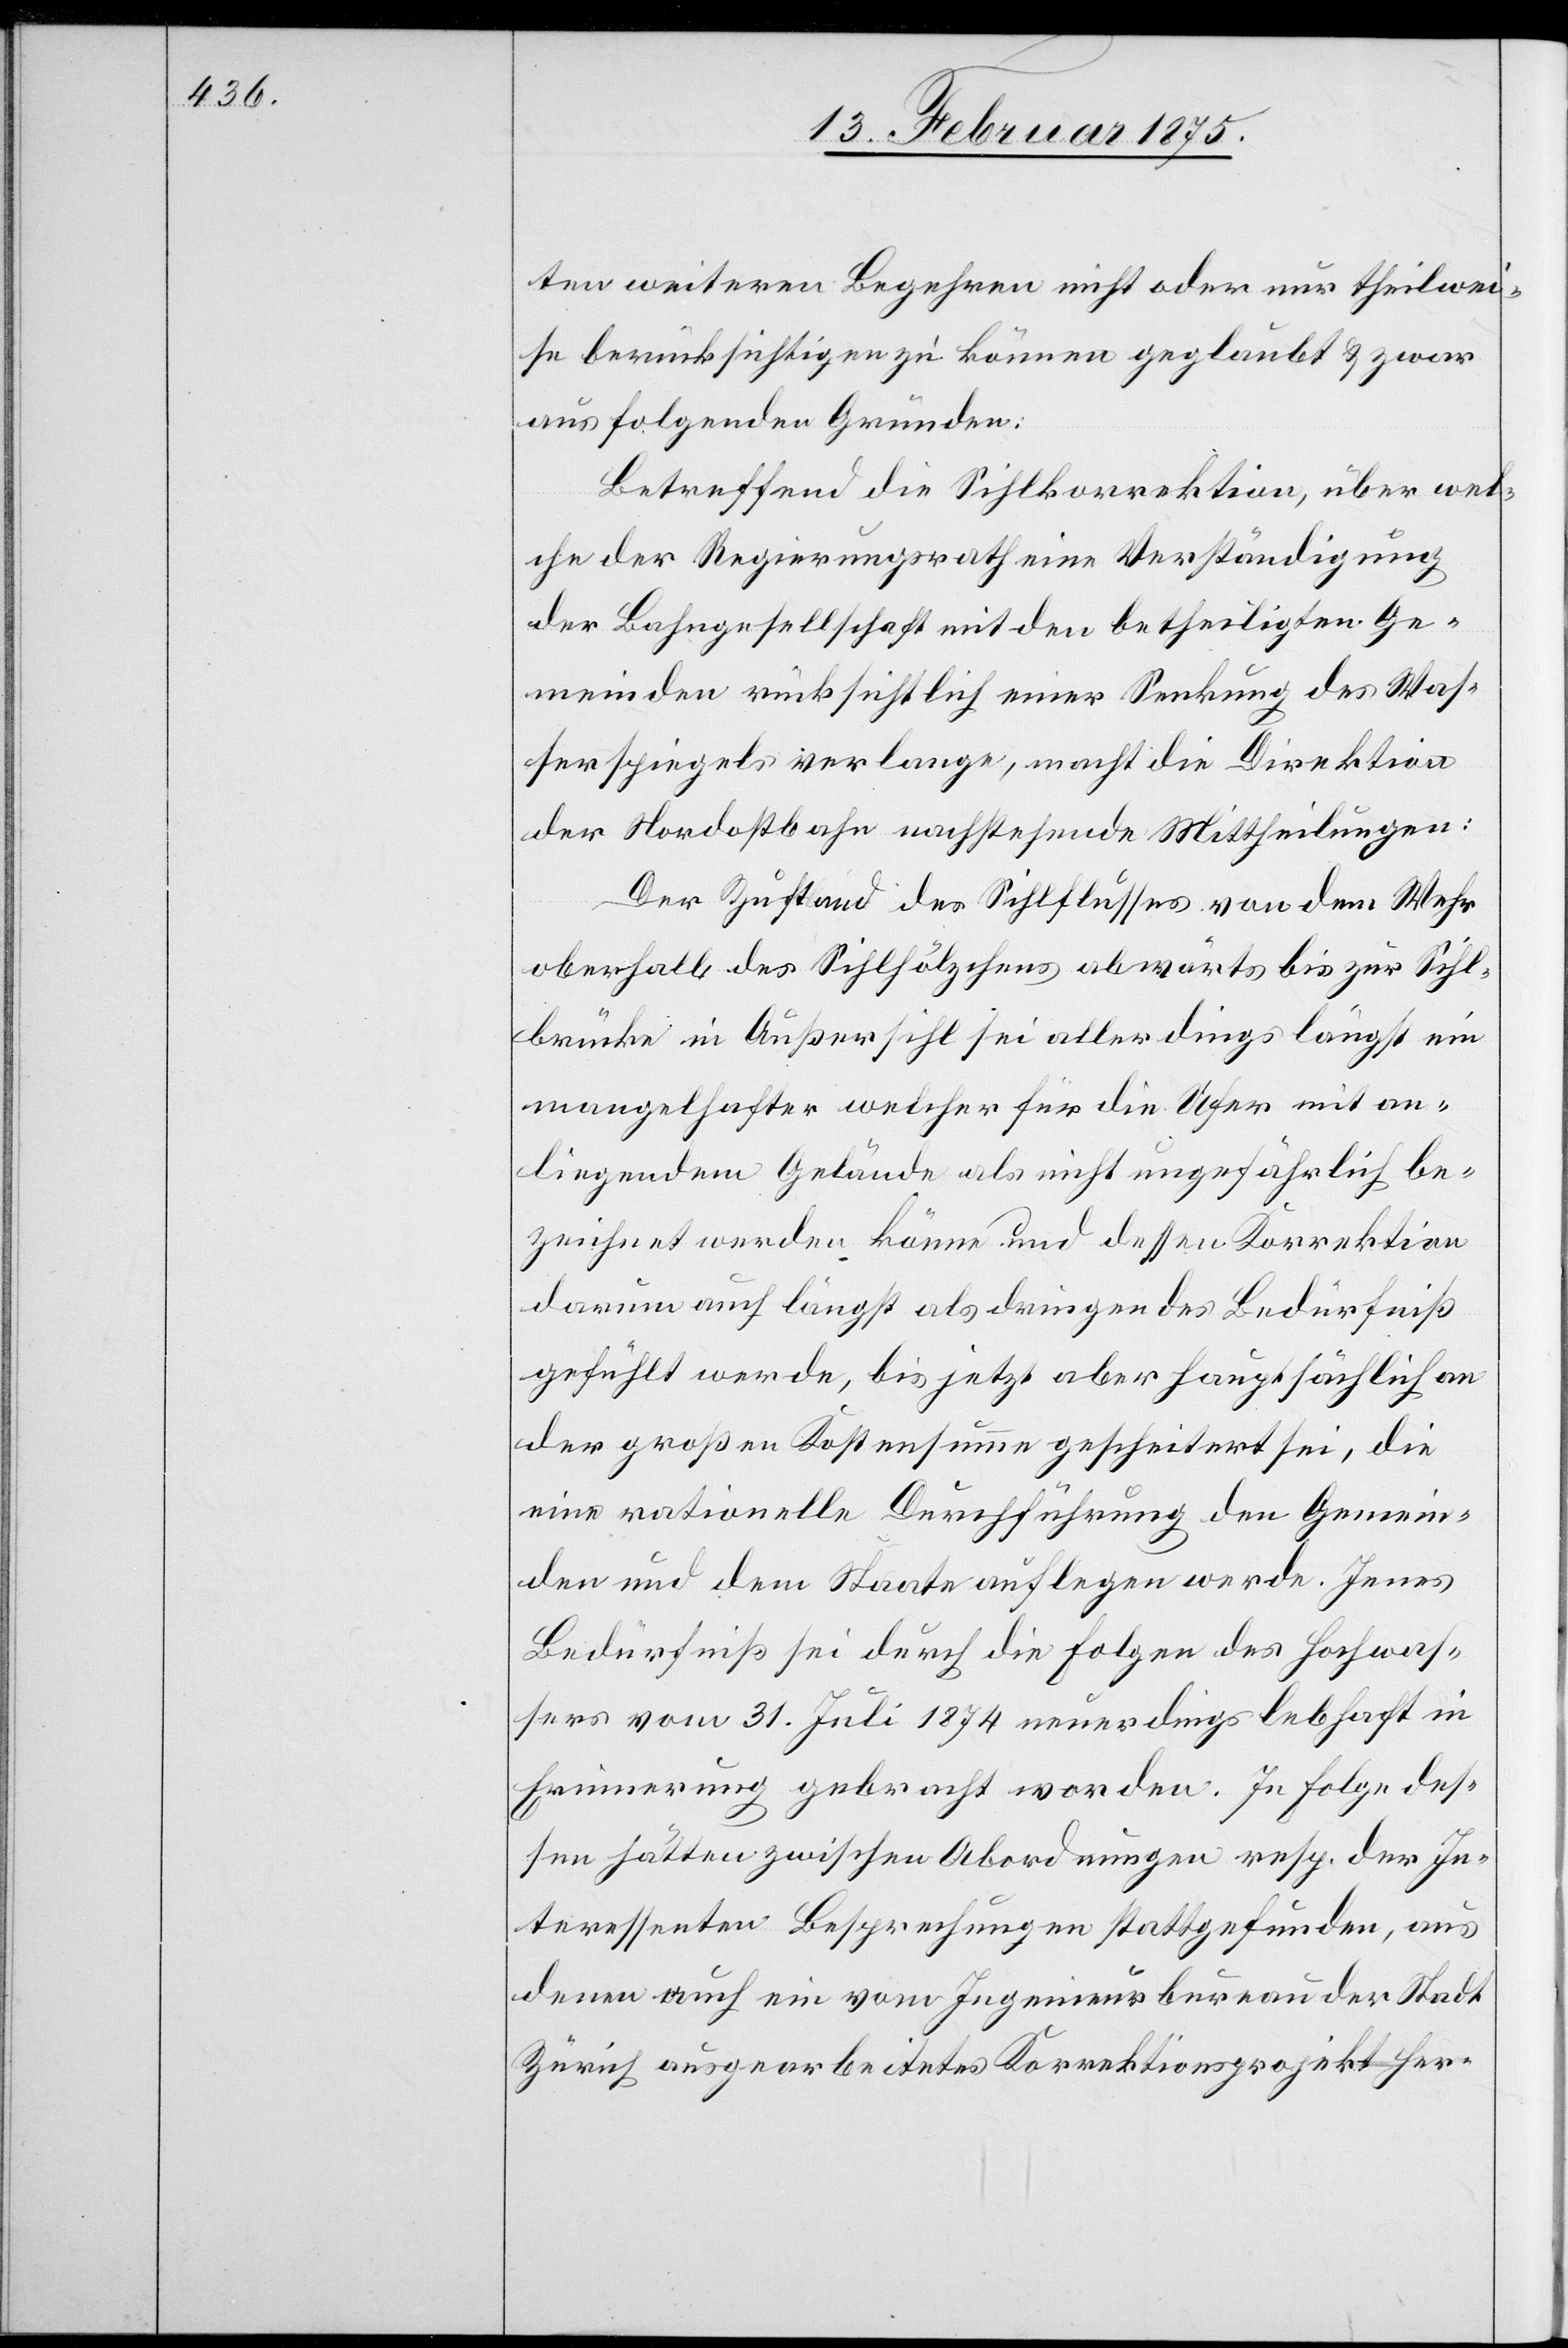
ten weiteren Begehren nicht oder nur theilwei¬
se berücksichtigen zu können geglaubt & zwar
aus folgenden Gründen:
Betreffend die Sihlkorrektion, über wel¬
che der Regierungsrath eine Verständigung
der Bahngesellschaft mit den betheiligten Ge¬
meinden rücksichtlich einer Senkung des Was¬
serspiegels verlange, macht die Direktion
der Nordostbahn nachstehende Mittheilungen:
Der Zustand des Sihlflusses von dem Wehr
oberhalb des Sihlhölzchens abwärts bis zur Sihl¬
brücke in Außersihl sei allerdings längst ein
mangelhafter welcher für die Ufer mit an¬
liegendem Gebäude als nicht ungefährlich be¬
zeichnet werden könne und dessen Korrektion
darum auch längst als dringendes Bedürfniß
gefühlt werde, bis jetzt aber hauptsächlich an
der großen Kostensumme gescheitert sei, die
eine rationelle Durchführung den Gemein¬
den und dem Staate auflegen werde. Jenes
Bedürfniß sei durch die Folgen des Hochwas¬
sers vom 31. Juli 1874 neuerdings lebhaft in
Erneuerung gebracht worden. In Folge des¬
sen hätten zwischen Abordnungen resp. den In¬
teressenten Besprechungen stattgefunden, aus
denen auch ein vom Ingenieurbureau der Stadt
Zürich ausgearbeitetes Korrektionsprojekt her-